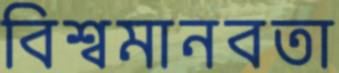
বিশ্বমানবতা